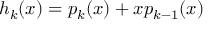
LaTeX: h _ { k } ( x ) = p _ { k } ( x ) + x p _ { k - 1 } ( x )